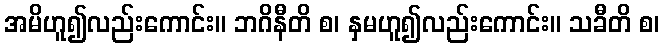
အမိဟူ၍လည်းကောင်း။ ဘဂိနီတိ စ၊ နှမဟူ၍လည်းကောင်း။ သခီတိ စ၊